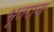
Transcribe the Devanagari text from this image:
भूतराज